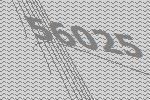
56025